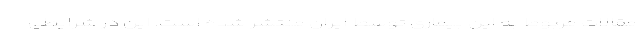
مقالات مربوط به این بیماری توسط ایران منتشر شده است. این در شرایطی